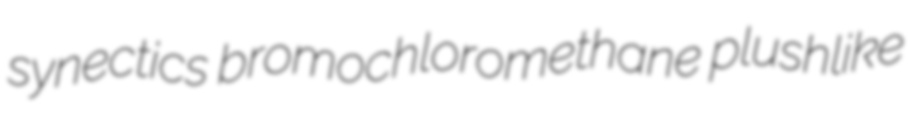
synectics bromochloromethane plushlike